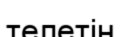
телетін